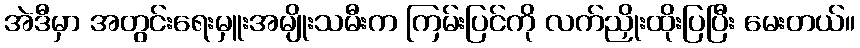
အဲဒီမှာ အတွင်းရေးမှူးအမျိုးသမီးက ကြမ်းပြင်ကို လက်ညှိုးထိုးပြပြီး မေးတယ်။